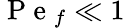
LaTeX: \mathrm{~P~e~}_{f}\ll 1